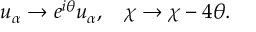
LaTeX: u _ { \alpha } \rightarrow e ^ { i \theta } u _ { \alpha } , \: \: \: \: \chi \rightarrow \chi - 4 \theta .